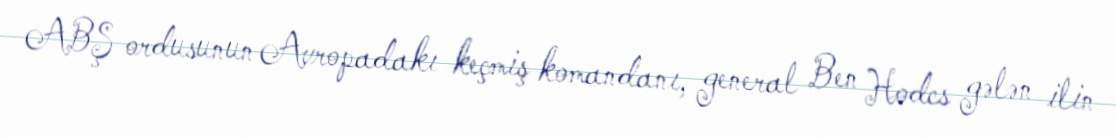
ABŞ ordusunun Avropadakı keçmiş komandanı, general Ben Hodcs gələn ilin